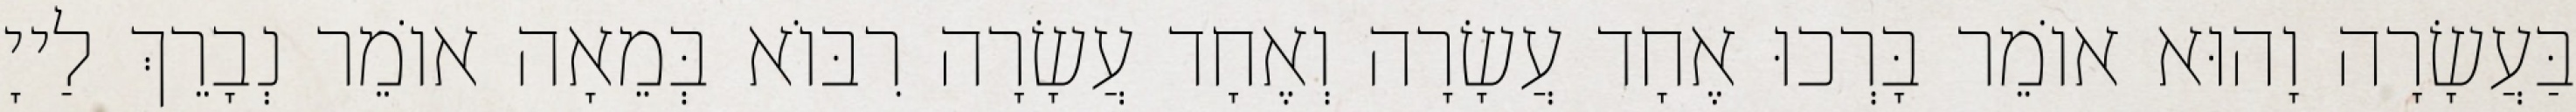
בַּעֲשָׂרָה וָהוּא אוֹמֵר בָּרְכוּ אֶחָד עֲשָׂרָה וְאֶחָד עֲשָׂרָה רִבּוֹא בְּמֵאָה אוֹמֵר נְבָרֵךְ לַייָ